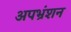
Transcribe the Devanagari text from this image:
अपभ्रंशन